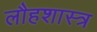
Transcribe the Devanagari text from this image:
लौहशास्त्र